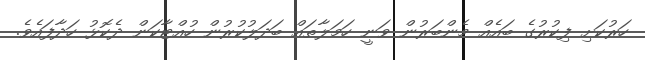
ހަރުކަށި ފިކުރުގެ ބައެއް މެންބަރުން ވަނީ ހަމަލާތައް ބަދަލުކުރުން ހުއްޓާކަން ދެކޮޅު ހަދާފައެވެ.